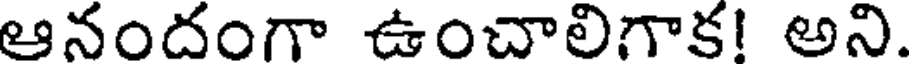
ఆనందంగా ఉంచాలిగాక! అని.